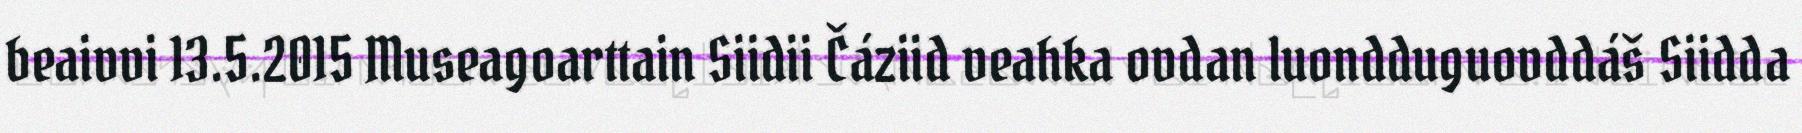
beaivvi 13.5.2015 Museagoarttain Siidii Čáziid veahka ovdan luondduguovddáš Siidda